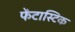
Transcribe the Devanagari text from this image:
फेंटास्टिक